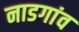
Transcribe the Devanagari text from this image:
नाडगांव